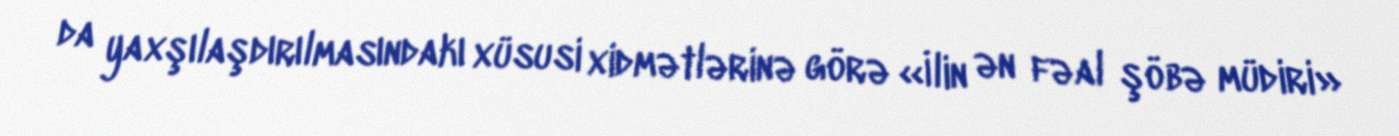
da yaxşılaşdırılmasındakı xüsusi xidmətlərinə görə «İlin ən fəal şöbə müdiri»